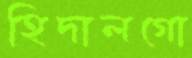
হিদালগো